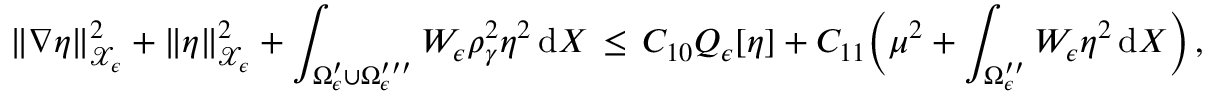
\| \nabla \eta \| _ { \mathcal { X } _ { \epsilon } } ^ { 2 } + \| \eta \| _ { \mathcal { X } _ { \epsilon } } ^ { 2 } + \int _ { \Omega _ { \epsilon } ^ { \prime } \cup \Omega _ { \epsilon } ^ { \prime \prime \prime } } W _ { \epsilon } \rho _ { \gamma } ^ { 2 } \eta ^ { 2 } \, \mathrm { d } X \, \le \, C _ { 1 0 } Q _ { \epsilon } [ \eta ] + C _ { 1 1 } \Bigl ( \mu ^ { 2 } + \int _ { \Omega _ { \epsilon } ^ { \prime \prime } } W _ { \epsilon } \eta ^ { 2 } \, \mathrm { d } X \Bigr ) \, ,